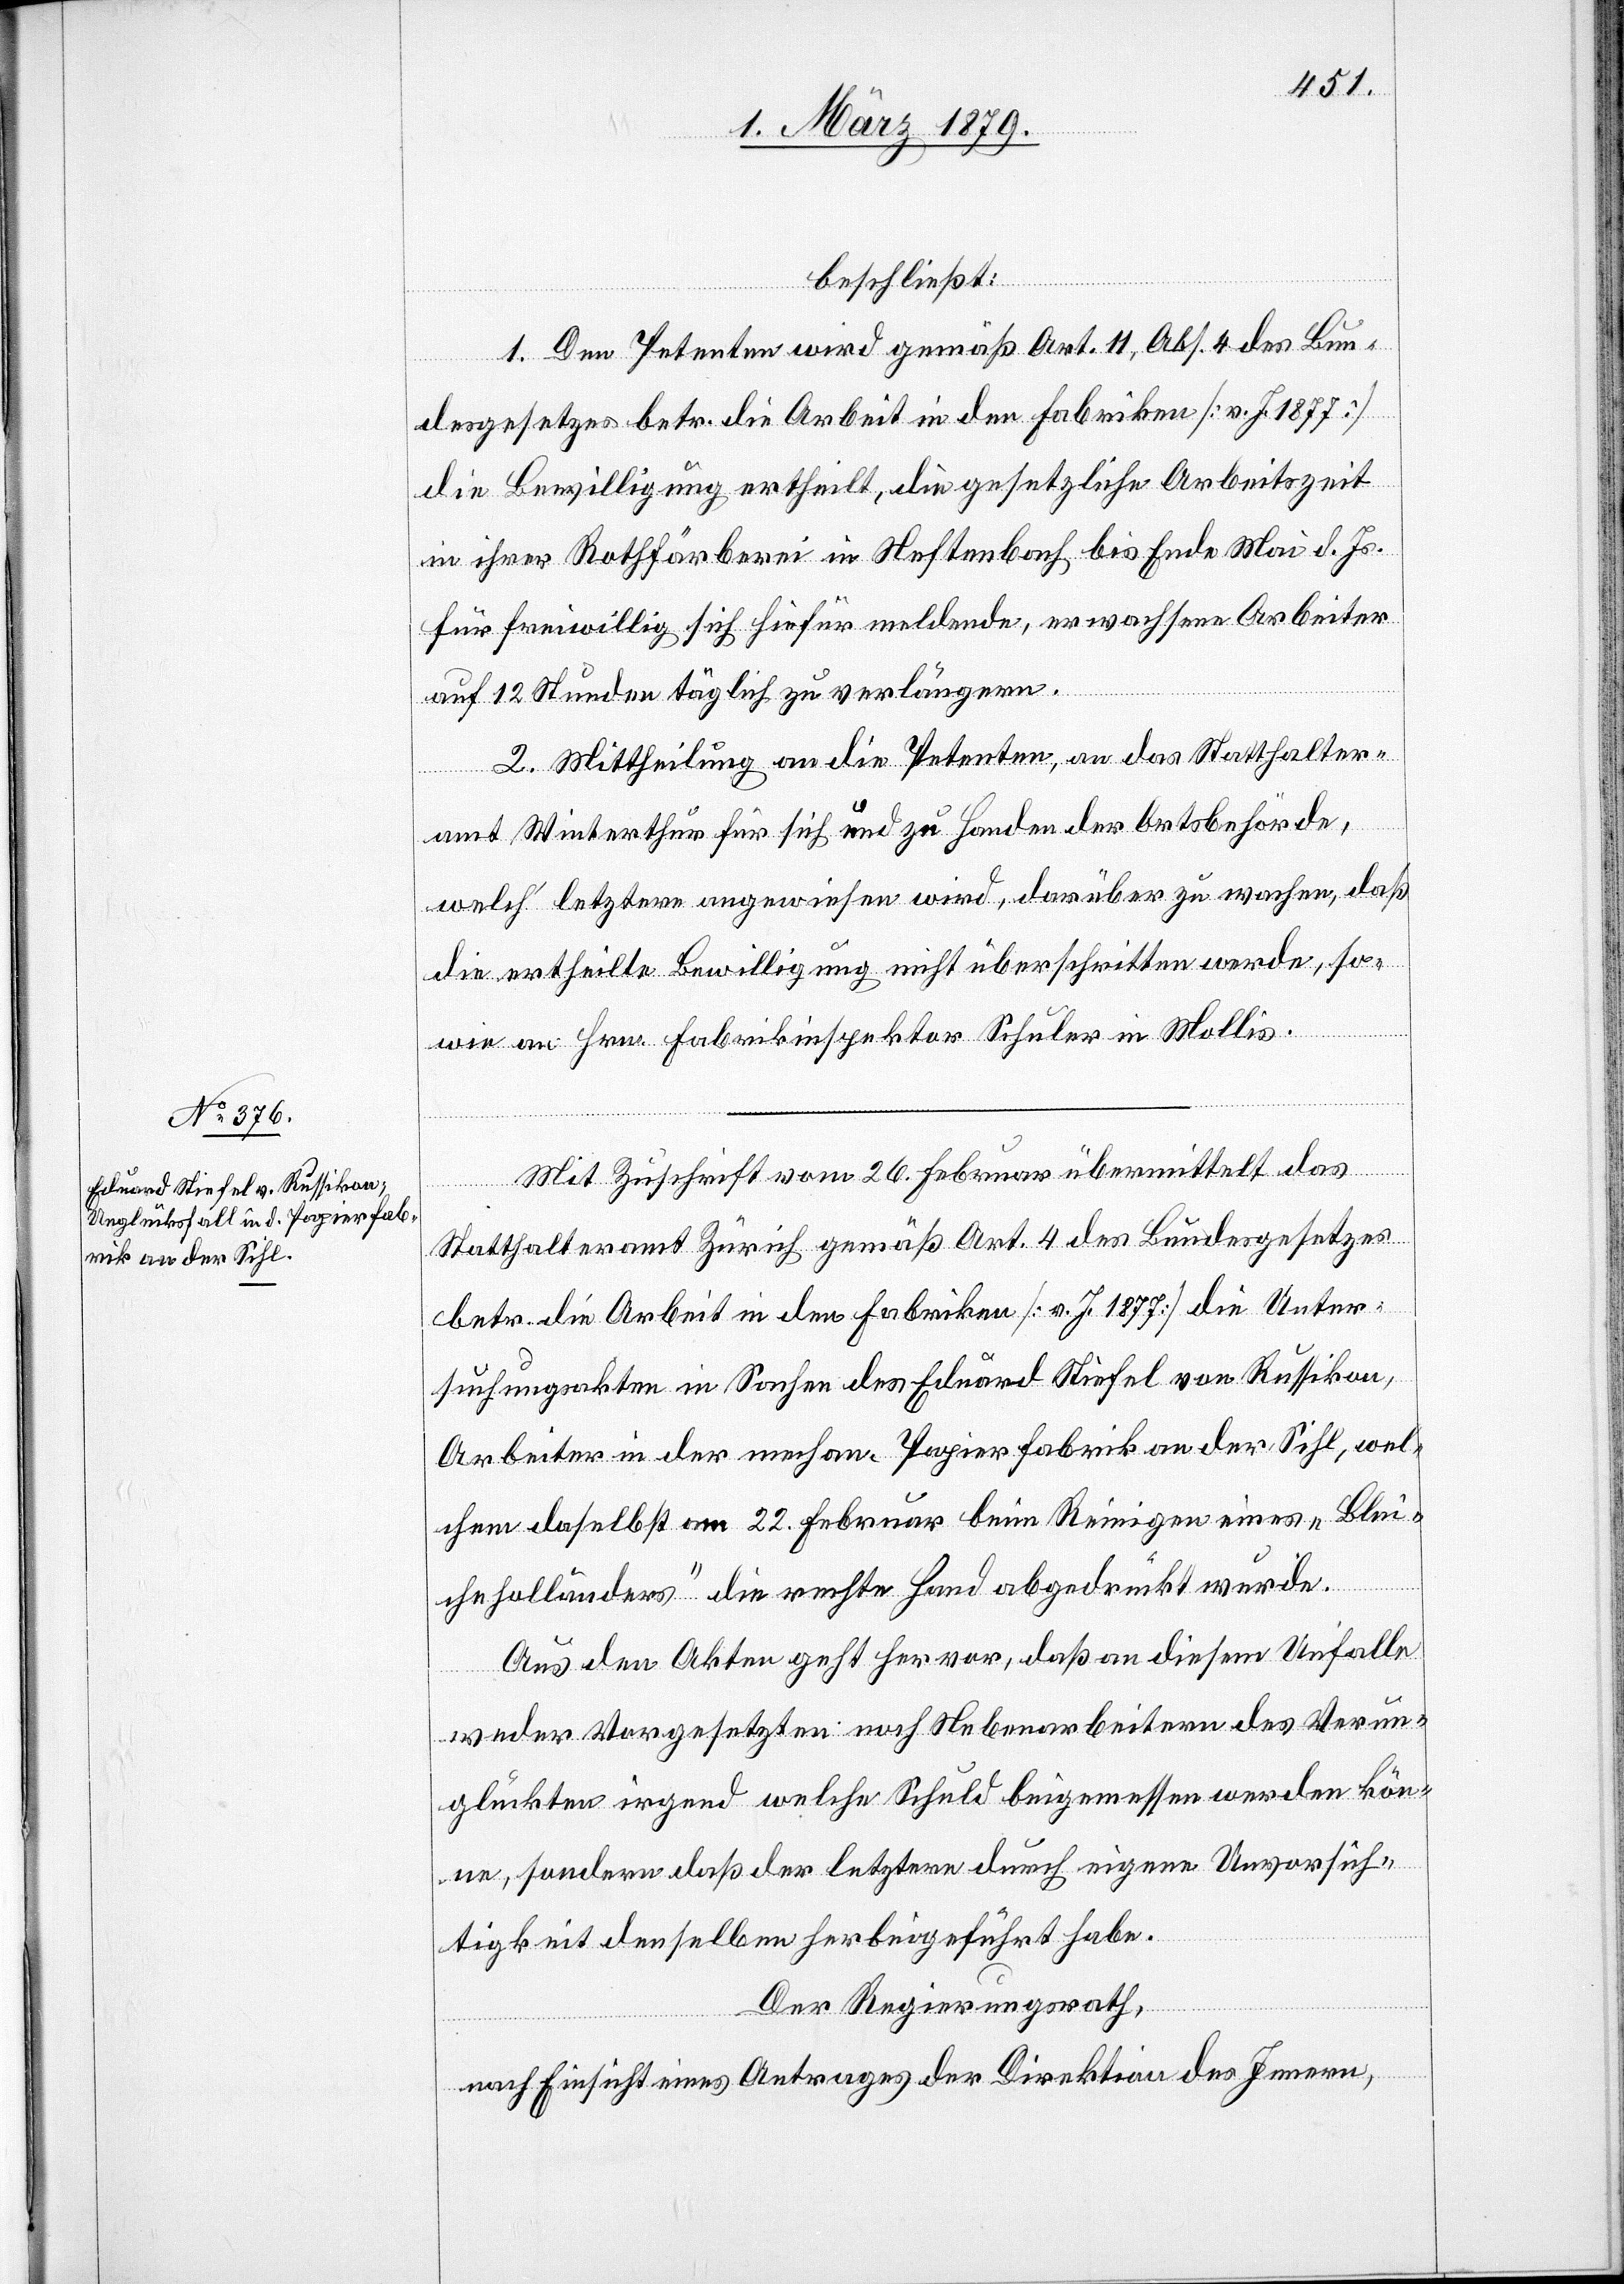
beschließt:
1. Den Petenten wird gemäß Art. 11, Abs. 4 des Bun¬
desgesetzes betr. die Arbeit in den Fabriken [v. J. 1877]
die Bewilligung ertheilt, die gesetzliche Arbeitszeit
in ihrer Rothfärberei in Neftenbach bis Ende Mai d. Js.
für freiwillig sich hiefür meldende, erwachsene Arbeiter
auf 12 Stunden täglich zu verlängern.
2. Mittheilung an die Petenten, an das Statthalter¬
amt Winterthur für sich und zu Handen der Ortsbehörde,
welch’ letztere angewiesen wird, darüber zu wachen, daß
die ertheilte Bewilligung nicht überschritten werde, so¬
wie an Hrn. Fabrikinspektor Schuler in Mollis.
Mit Zuschrift vom 26. Februar übermittelt das
Statthalteramt Zürich gemäß Art. 4 des Bundesgesetzes
betr. die Arbeit in den Fabriken [v. J. 1877] die Unter¬
suchungsakten in Sachen des Eduard Stiefel von Russikon,
Arbeiter in der mechan. Papierfabrik an der Sihl, wel¬
chem daselbst am 22. Februar beim Reinigen eines „Blei¬
cheholländers“ die rechte Hand abgedrückt wurde.
Aus den Akten geht hervor, daß an diesem Unfalle
weder Vorgesetzten noch Nebenarbeitern des Verun¬
glückten irgend welche Schuld beigemessen werden kön¬
ne, sondern daß der letztere durch eigene Unvorsich¬
tigkeit denselben herbeigeführt habe.
Der Regierungsrath,
nach Einsicht eines Antrages der Direktion des Innern,